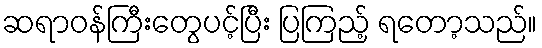
ဆရာဝန်ကြီးတွေပင့်ပြီး ပြကြည့် ရတော့သည်။